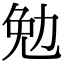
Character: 勉